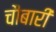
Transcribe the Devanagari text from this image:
चौबारी